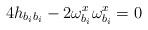
LaTeX: \begin{align*}4h_{b_ib_i} -2 \omega^x_{b_i} \omega^x_{b_i} =0\end{align*}